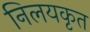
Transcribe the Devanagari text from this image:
निलयकृत